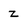
Character: z